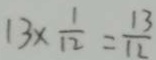
1 3 \times \frac { 1 } { 1 2 } = \frac { 1 3 } { 1 2 }